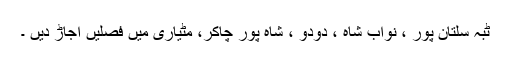
ٹبہ سلتان پور ، نواب شاہ ، دودو ، شاہ پور چاکر، مٹیاری میں فصلیں اجاڑ دیں ۔